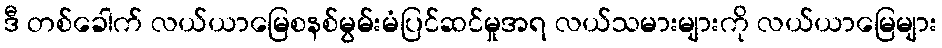
ဒီ တစ်ခေါက် လယ်ယာမြေစနစ်မွမ်းမံပြင်ဆင်မှုအရ လယ်သမားများကို လယ်ယာမြေများ